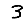
Digit: 3